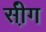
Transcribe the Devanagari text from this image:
सी़ंग